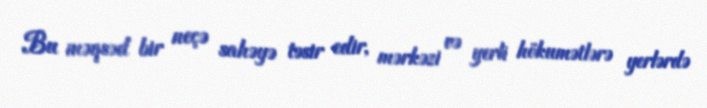
Bu məqsəd bir neçə sahəyə təsir edir, mərkəzi və yerli hökumətlərə yerlərdə